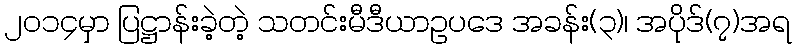
၂၀၁၄မှာ ပြဋ္ဌာန်းခဲ့တဲ့ သတင်းမီဒီယာဥပဒေ အခန်း(၃)၊ အပိုဒ်(၇)အရ